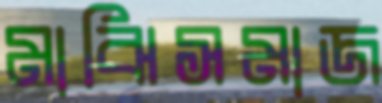
মাঝিসমাজ